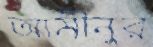
আমীনুর